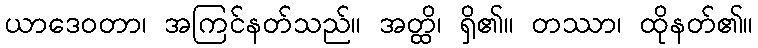
ယာဒေဝတာ၊ အကြင်နတ်သည်။ အတ္ထိ၊ ရှိ၏။ တဿာ၊ ထိုနတ်၏။